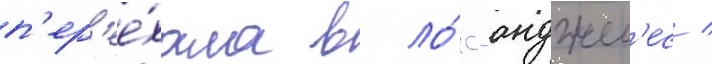
п'ер'ее́хала в ло́с-анджел'ес /